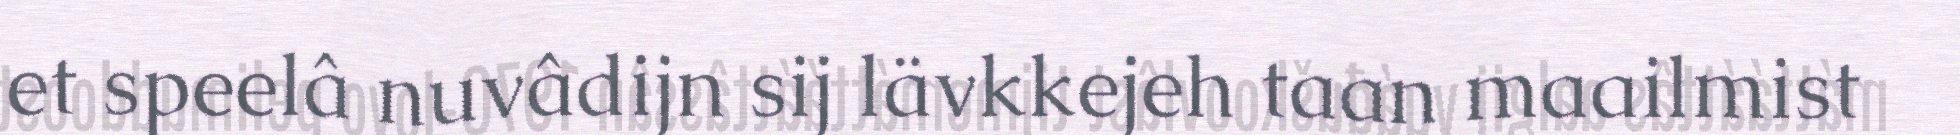
et speelâ nuvâdijn sij lävkkejeh taan maailmist